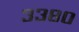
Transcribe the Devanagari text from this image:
३३८०